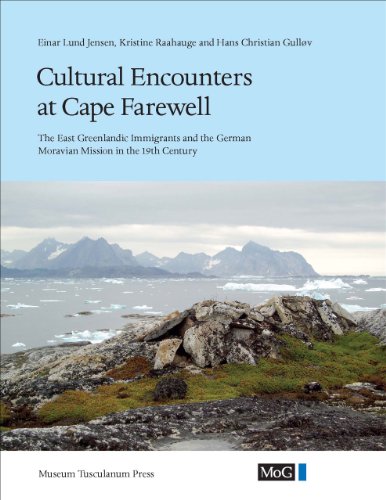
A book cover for Cultural Encounters at Cape Farewell: The East Greenland Immigrants and the German Moravian Mission in the 19th Century (Monographs on Greenland - Man & Society); Einar Lund Jensen; History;